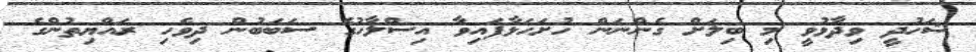
ޝަހުދީ ވިދާޅުވީ މި ބިލަށް ގެންނަން ހުށަހަޅާފައިވާ އިސްލާހުގެ ސަބަބުން ދިވެހި ރައްޔިތުންގެ